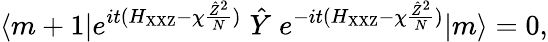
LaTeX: \langle m+1|e^{it(H_{\mathrm{XXZ}}-\chi\frac{\hat{Z}^{2}}{N})}\; \hat{Y}\; e^{-it(H_{\mathrm{XXZ}}-\chi\frac{\hat{Z}^{2}}{N})}|m\rangle=0,